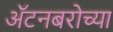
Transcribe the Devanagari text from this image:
ॲटनबरोच्या